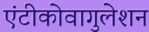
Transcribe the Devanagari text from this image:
एंटीकोवागुलेशन